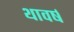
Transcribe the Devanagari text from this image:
थावर्ष